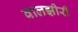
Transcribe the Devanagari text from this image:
वालझीरी